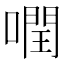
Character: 𠾽